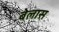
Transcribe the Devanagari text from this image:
बेलास